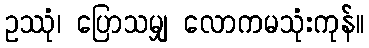
ဥဿုံ၊ ပြောသမျှ လောကမသုံးကုန်။